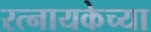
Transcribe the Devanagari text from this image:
रत्नायकेच्या